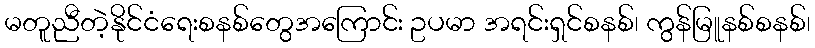
မတူညီတဲ့နိုင်ငံရေးစနစ်တွေအကြောင်း ဥပမာ အရင်းရှင်စနစ်၊ ကွန်မြူနစ်စနစ်၊